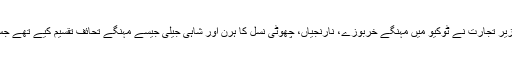
برطانوی نشریاتی ادارے کی رپورٹ کے مطابق جاپان کے وزیر تجارت نے ٹوکیو میں مہنگے خربوزے، نارنجیاں، چھوٹی نسل کا ہرن اور شاہی جیلی جیسے مہنگے تحائف تقسیم کیے تھے جس کا انکشاف گزشتہ ہفتے ایک جاپانی جریدے میں کیا گیا تھا۔